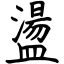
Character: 盪